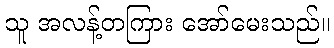
သူ အလန့်တကြား အော်မေးသည်။